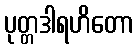
ပုတ္တဒါရဟိတော